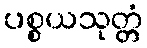
ပစ္စယသုတ္တံ